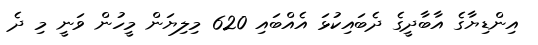
އިންޑިޔާގެ އާބާދީގެ ދެބައިކުޅަ އެއްބައި 620 މިލިޔަން މީހުން ވަނީ މި ދެ